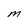
Character: M